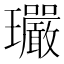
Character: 𤫠